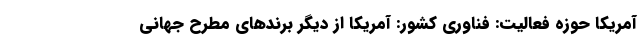
آمریکا حوزه فعالیت: فناوری کشور: آمریکا از دیگر برندهای مطرح جهانی